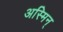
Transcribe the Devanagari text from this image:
अस्मिन्